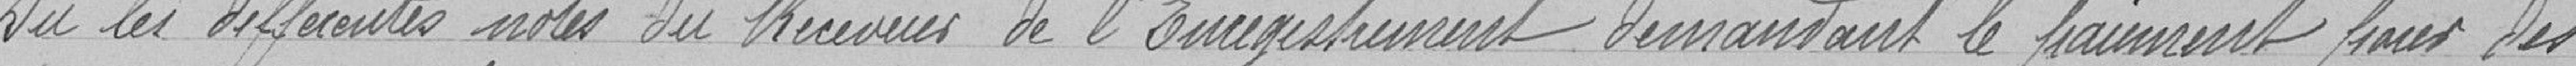
Vu les différentes notes du Receveur de l'Enregistrement demandant le paiement pour des